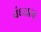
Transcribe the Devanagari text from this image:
वंध्यत्व